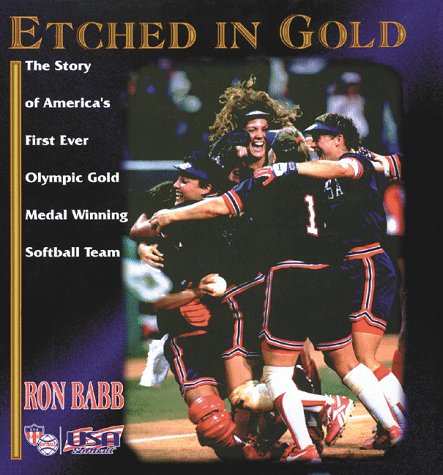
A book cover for Etched in Gold: The Story of America's First-Ever Olympic Gold Medal Winning Softball Team; Ron Babb; Sports & Outdoors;